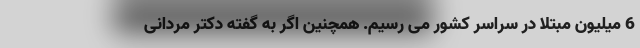
6 میلیون مبتلا در سراسر کشور می رسیم. همچنین اگر به گفته دکتر مردانی